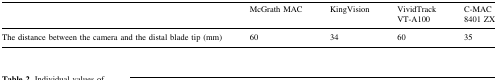
|  | McGrath MAC | KingVision | VividTrack VT-A100 | C-MAC 8401 ZX |
 | --- | --- | --- | --- | --- |
 | The distance between the camera and the distal blade tip (mm) | 60 | 34 | 60 | 35 |